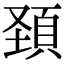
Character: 頚